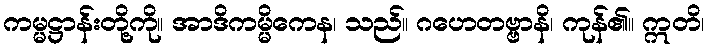
ကမ္မဋ္ဌာန်းတို့ကို။ အာဒိကမ္မိကေန၊ သည်။ ဂဟေတဗ္ဗာနိ၊ ကုန်၏။ ဣတိ၊